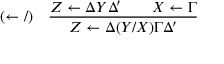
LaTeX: ( \leftarrow / ) \quad { \frac { Z \leftarrow \Delta Y \Delta ^ { \prime } \qquad X \leftarrow \Gamma } { Z \leftarrow \Delta ( Y / X ) \Gamma \Delta ^ { \prime } } }